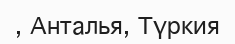
, Анталья, Түркия